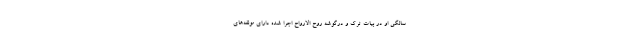
سالگی او در بیات ترک و درگوشه روح الارواح اجرا شده دارای مولفه‌های